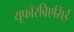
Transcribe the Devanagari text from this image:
यूफॉरबिएसिई